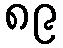
၈၉